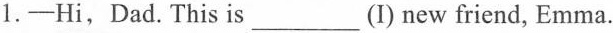
1.-Hi,Dad.This is ___ (I) new friend, Emma.